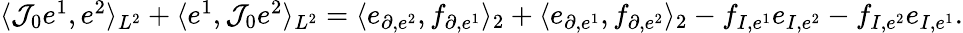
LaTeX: \begin{array}{r}{\langle\mathcal{J}_{0}e^{1},e^{2}\rangle_{L^{2}}+\langle e^{1},\mathcal{J}_{0}e^{2}\rangle_{L^{2}}=\langle e_{\partial,e^{2}},f_{\partial,e^{1}}\rangle_{2}+\langle e_{\partial,e^{1}},f_{\partial,e^{2}}\rangle_{2}-f_{I,e^{1}}e_{I,e^{2}}-f_{I,e^{2}}e_{I,e^{1}}.}\end{array}